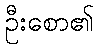
ဦးစော၏